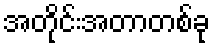
အတိုင်းအတာတစ်ခု